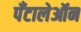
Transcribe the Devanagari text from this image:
पँटालेऑन